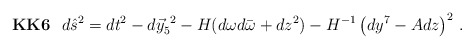
\begin{align*}{\bf KK6}\,\,\,\,d\hat{s}^{2} = dt^{2}-d\vec{y}^{\ 2}_{5}-H(d\omega d\bar{\omega} +dz^{2}) -H^{-1}\left(dy^{7} -Adz \right)^{2}\, .\end{align*}